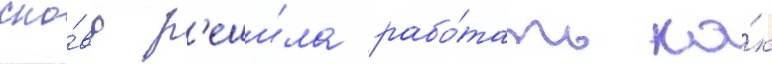
сно́ва р'еши́ла рабо́тать ка́к